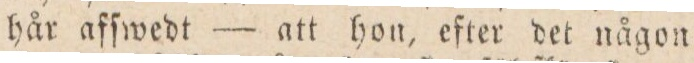
hår afſwedt — att hon, efter det någon